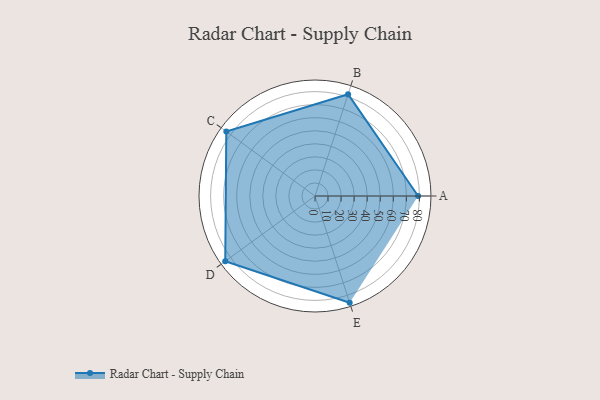
{"axis": {"x": "Skill", "y": "Score"}, "legend": ["Profile"], "data": [{"x": "A", "y": 79.0, "type": "Profile"}, {"x": "B", "y": 82.0, "type": "Profile"}, {"x": "C", "y": 84.0, "type": "Profile"}, {"x": "D", "y": 85.0, "type": "Profile"}, {"x": "E", "y": 86.0, "type": "Profile"}]}